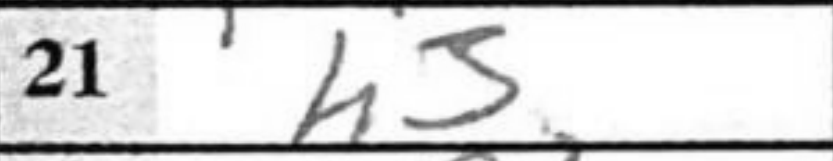
Transcription: h3